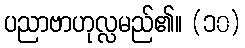
ပညာဗာဟုလ္လမည်၏။ (၁၀)